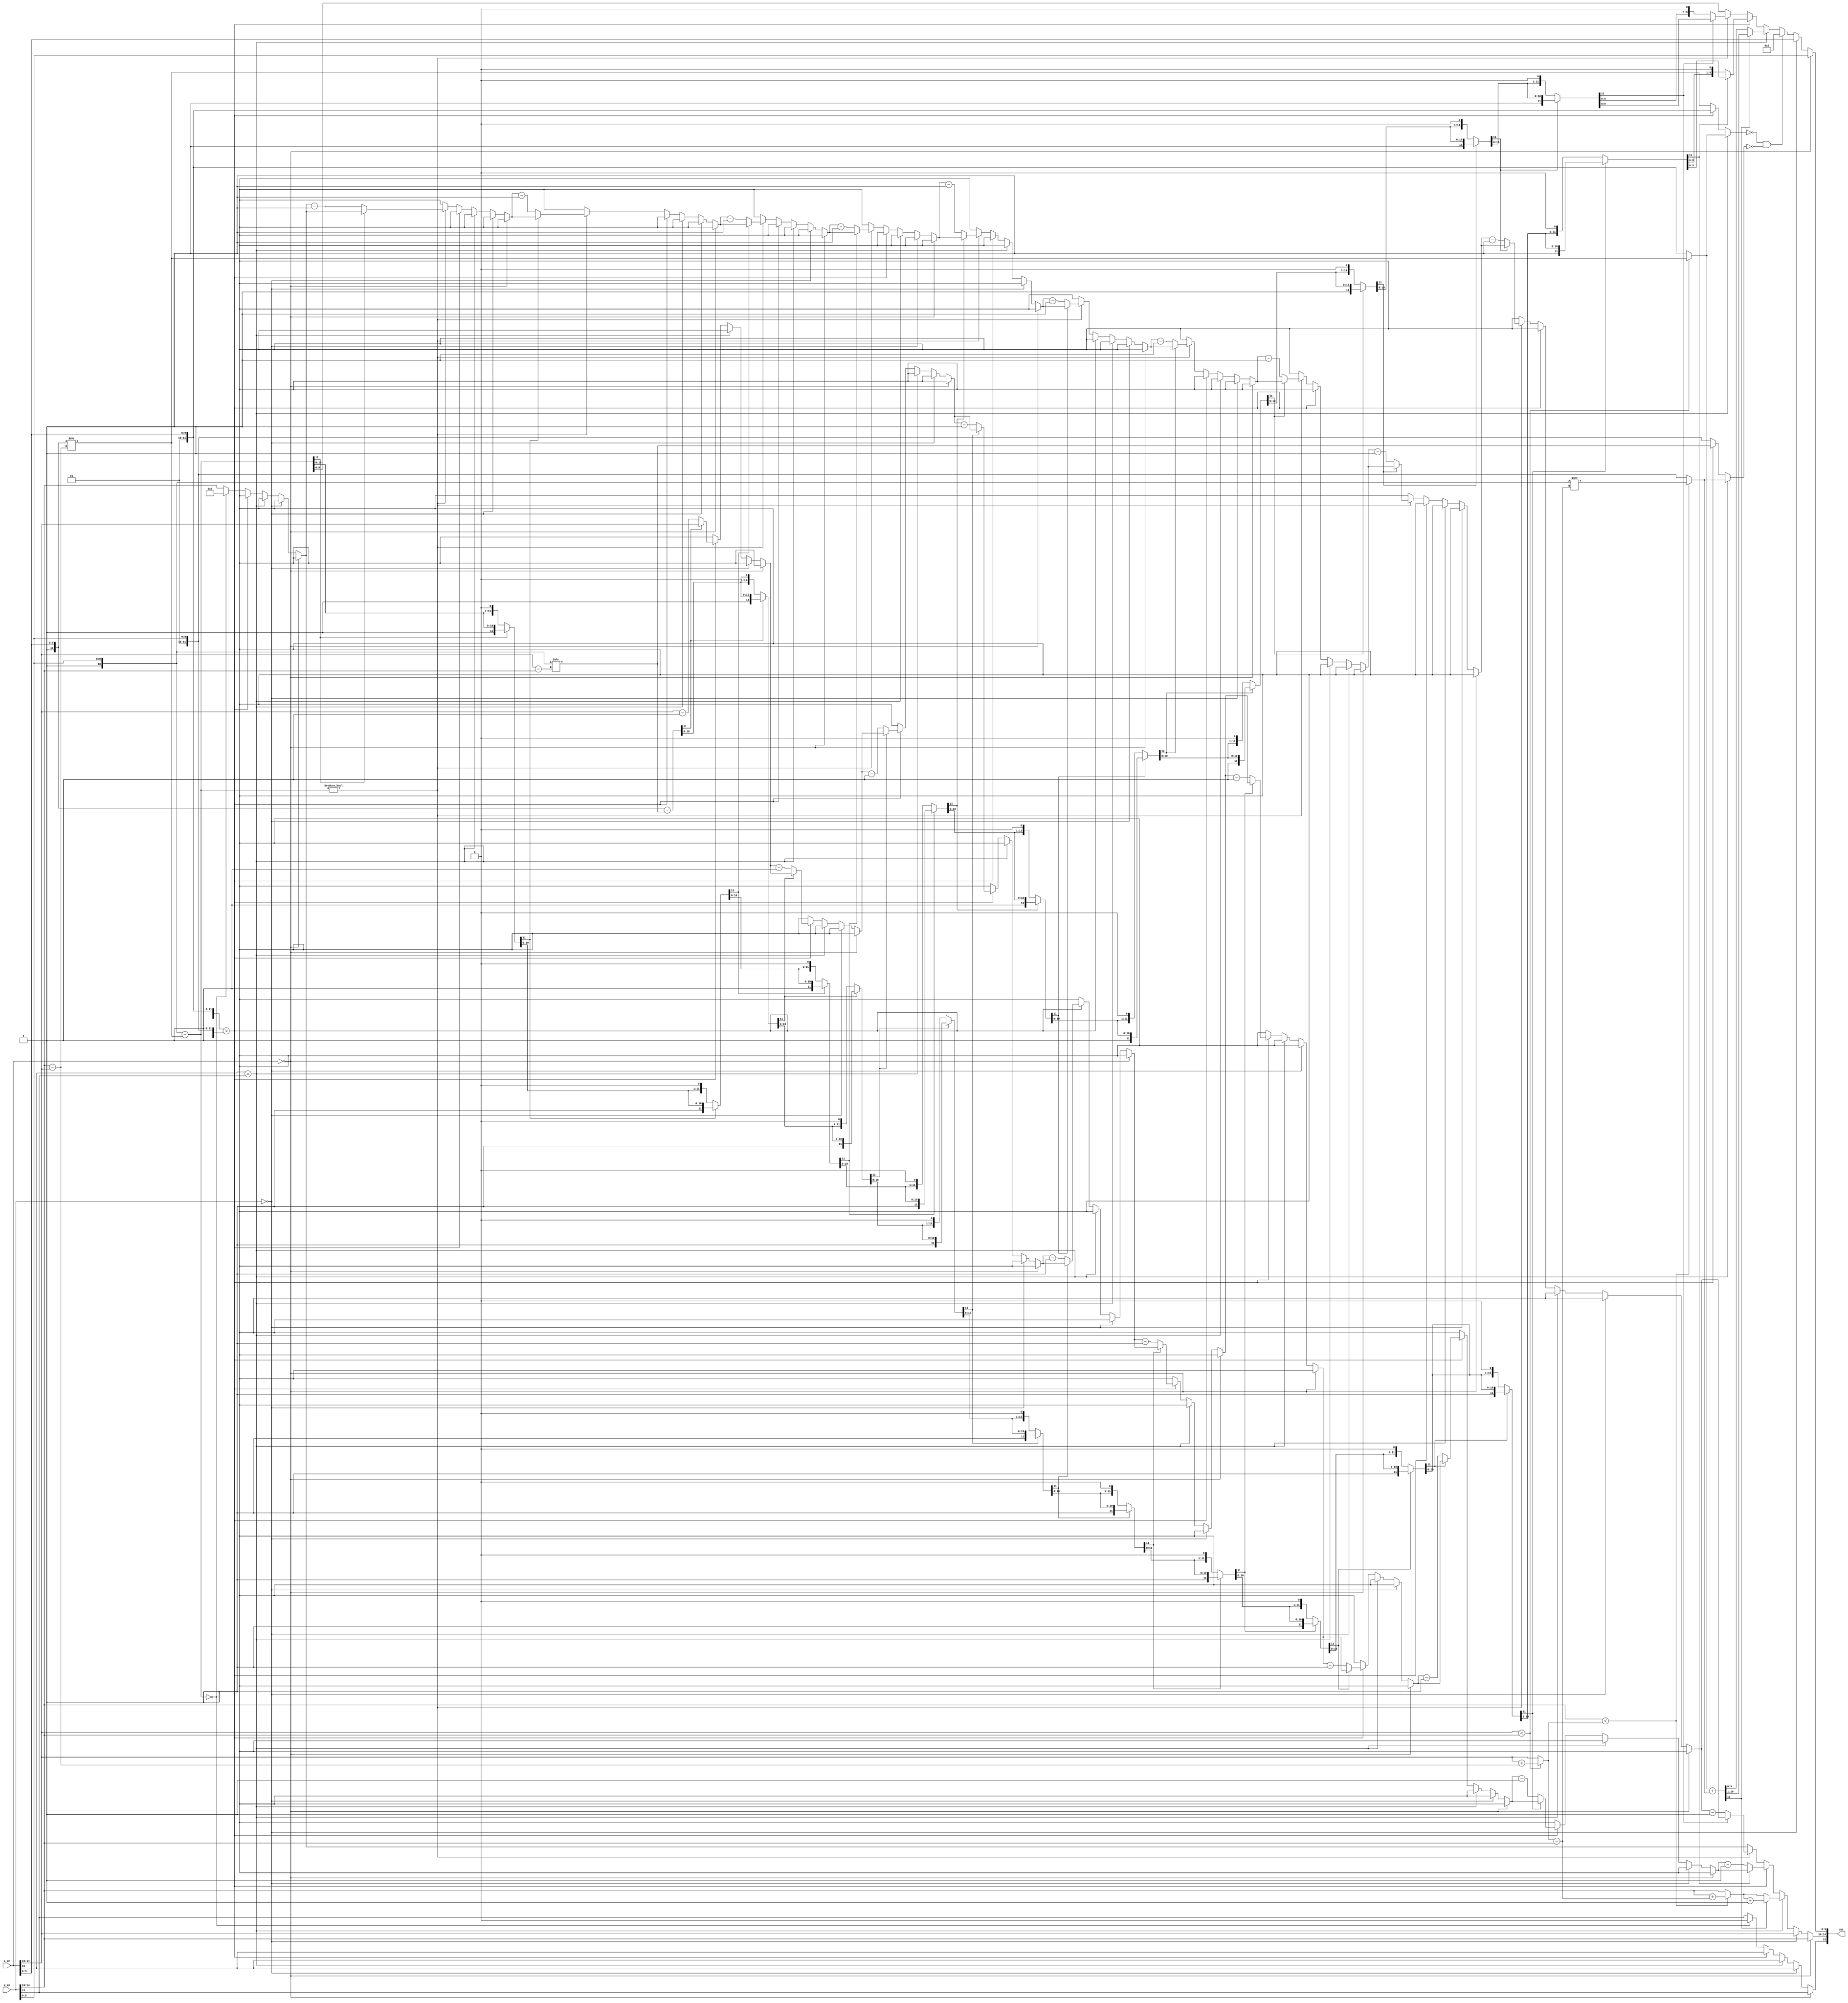
`timescale 1ns / 1ps

module add (
    input [15:0] A_FP, 
    input [15:0] B_FP,
    output reg [15:0] out
); 
    reg       sign; 
    reg [4:0] exponent; 
    reg [10:0] mantissa;
    integer i;
    //variables used in an always block
    //are declared as registers
    reg sign_a, sign_b, sign_c;
    reg [4:0] e_A, e_B;
    reg [11:0] fract_a, fract_b, fract_c;
    reg [4:0] shift_cnt;
    reg cout;
    
    always @ (A_FP or B_FP)
    begin
        if(A_FP==0)
        begin
            sign = B_FP[15];
            exponent = B_FP[14:10];
            mantissa = B_FP[9:0];
        end
        else if(B_FP==0)
        begin
            sign = A_FP[15];
            exponent = A_FP[14:10];
            mantissa = A_FP[9:0];
        end
        else
        begin
            sign_a = A_FP[15];
            sign_b = B_FP[15];
            e_A = A_FP[14:10];
            e_B = B_FP[14:10];
            fract_a = {1'b1, A_FP[9:0]};
            fract_b = {1'b1, B_FP[9:0]};
            
            // Align fractions
            if(sign_a==sign_b)
            begin
                if (e_A < e_B)
                begin
                    shift_cnt = e_B - e_A;
                    fract_a = fract_a >> shift_cnt;
                    e_A = e_A + shift_cnt;  
                end 
                if (e_B < e_A)
                begin
                    shift_cnt = e_A - e_B;
                    fract_b = fract_b >> shift_cnt;
                    e_B = e_B + shift_cnt;
                end 
                
                // Add fractions
                fract_c = fract_a + fract_b;
                {cout, fract_c} = fract_a + fract_b;
                
                // Normalize result
                if (cout==1)
                begin
                    {cout, fract_c} = {cout, fract_c} >> 1;
                    e_B = e_B + 1;
                end
                
                sign = sign_a;
                exponent = e_B;
            end
            else
            begin 
                if({e_A, fract_a} > {e_B, fract_b})
                begin
                    sign = sign_a;
                    shift_cnt = e_A - e_B;
                    e_B = e_B + shift_cnt;
                    fract_b = fract_b >> shift_cnt;
                    fract_c = fract_a - fract_b;
                    exponent = e_A;
                    
                    for(i = 0; i < 11; i = i + 1)
                    begin
                        if(fract_c[11]==0)
                        begin
                            fract_c = fract_c << 1;
                            exponent = exponent - 1;
                        end
                    end
                end
                else
                begin
                    sign = sign_b;
                    shift_cnt = e_B - e_A;
                    e_A = e_A + shift_cnt;
                    fract_a = fract_a >> shift_cnt;
                    fract_c = fract_b - fract_a;
                    exponent = e_B;
                    
                    if(fract_c==12'b0) 
                    begin 
                        exponent = 0;
                        sign = 0;
                    end
                    
                    if(fract_c!=12'b0)  
                    begin
                        for(i = 0; i < 11; i = i + 1)
                        begin
                            if(fract_c[11]==0)
                            begin
                                fract_c = fract_c << 1;
                                exponent = exponent - 1;
                            end
                        end
                    end
                end
            end
            mantissa = (fract_a == 0 && fract_b == 0) ? 11'b0 : fract_c[10:0];
        end
        
   end
   
   always@(*)
        begin
         out[15] = sign;
         out[14:10] = exponent;
         out[9:0] = mantissa; 
        end
        
endmodule